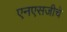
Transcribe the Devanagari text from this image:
एनएसजीचे